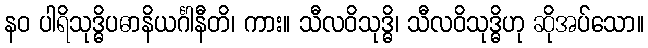
နဝ ပါရိသုဒ္ဓိပဓာနိယင်္ဂါနီတိ၊ ကား။ သီလဝိသုဒ္ဓိ၊ သီလဝိသုဒ္ဓိဟု ဆိုအပ်သော။